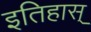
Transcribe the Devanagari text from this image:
इतिहास्